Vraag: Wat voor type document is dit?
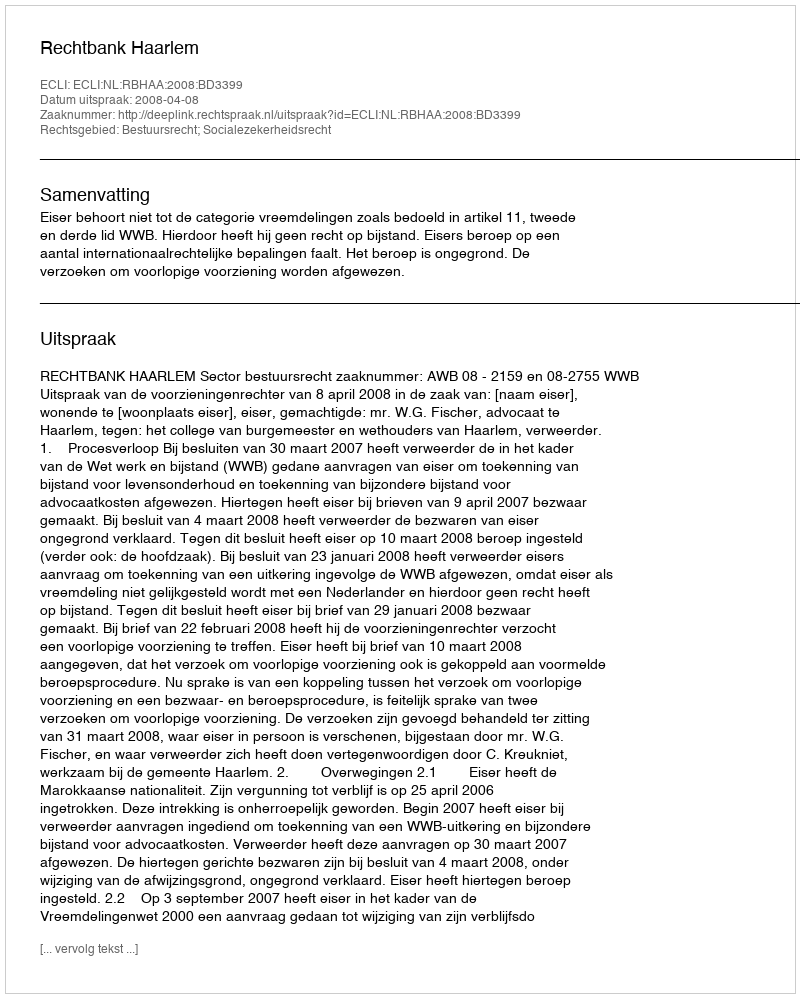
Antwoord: Uitspraak